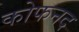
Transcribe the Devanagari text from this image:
कोफनद